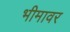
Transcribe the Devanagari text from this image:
भीमावर